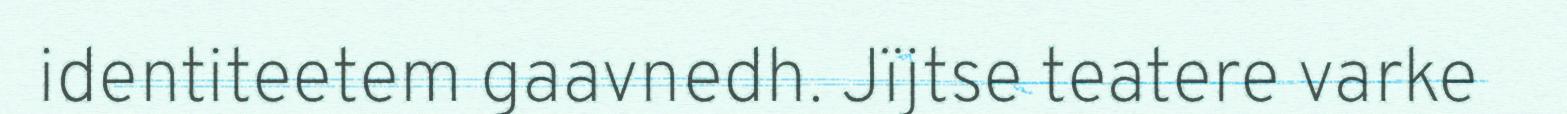
identiteetem gaavnedh. Jïjtse teatere varke